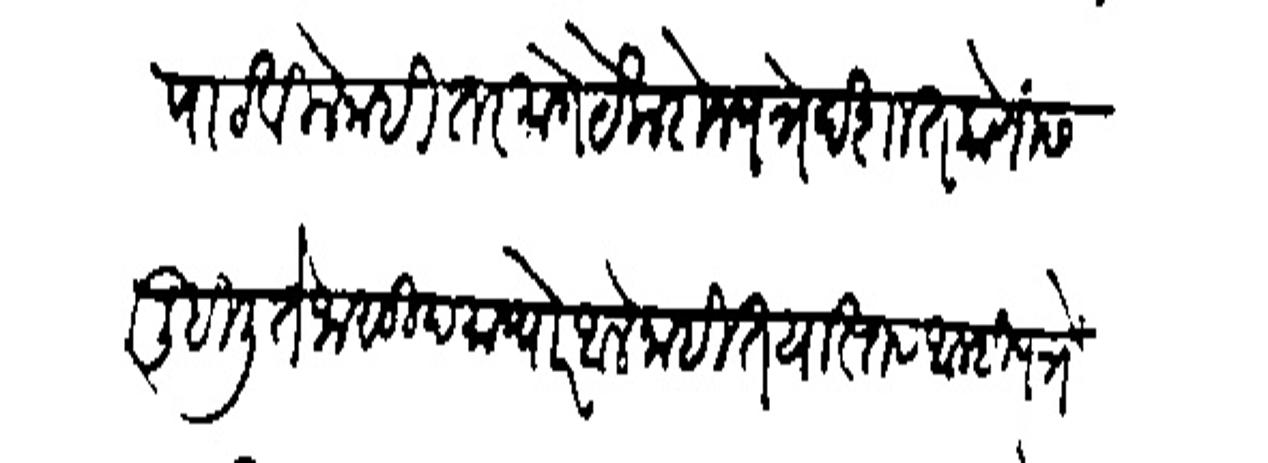
Transliteration (Devanagari): पाठविले नाही तर मागे येक दोन पत्रे देशात कोणास लिहिली ते जासूद माघारे आले नाहीत यास्तव आम्ही पत्रे